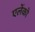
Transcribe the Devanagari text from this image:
एलेंको